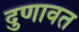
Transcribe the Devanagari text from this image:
दुणावत